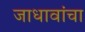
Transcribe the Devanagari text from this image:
जाधावांचा